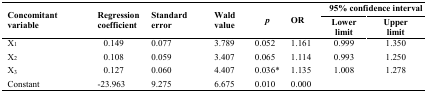
| <ROWSPAN=2> Concomitant variable | <ROWSPAN=2> Regression coefficient | <ROWSPAN=2> Standard error | <ROWSPAN=2> Wald value | <ROWSPAN=2> p | <ROWSPAN=2> OR | <COLSPAN=2> 95% confidence interval |
 | Lowerlimit | Upperlimit |
 | --- | --- | --- | --- | --- | --- | --- | --- |
 | X1 | 0.149 | 0.077 | 3.789 | 0.052 | 1.161 | 0.999 | 1.350 |
 | X2 | 0.108 | 0.059 | 3.407 | 0.065 | 1.114 | 0.993 | 1.250 |
 | X3 | 0.127 | 0.060 | 4.407 | 0.036* | 1.135 | 1.008 | 1.278 |
 | Constant | -23.963 | 9.275 | 6.675 | 0.010 | 0.000 |  |  |